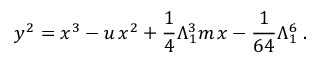
y ^ { 2 } = x ^ { 3 } - u \, x ^ { 2 } + \frac { 1 } { 4 } \Lambda _ { 1 } ^ { 3 } m \, x - \frac { 1 } { 6 4 } \Lambda _ { 1 } ^ { 6 } \; .